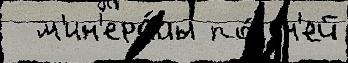
  м'ин'ера́лы по́здн'ей